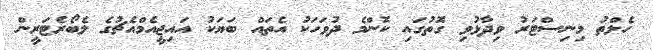
ހެލްތު މިނިސްޓަރު ވިދާޅުވި ގޮތުގައި ކޮންމެ ދުވަހަކު އެތައް ބަޔަކު އައިޖީއެމްއެޗުގެ ލެބޯރެޓަރީން